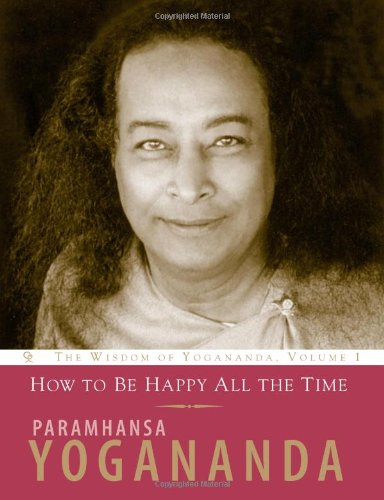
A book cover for How to Be Happy All the Time (Wisdom of Yogananda) (v. 1); Paramhansa Yogananda; Religion & Spirituality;